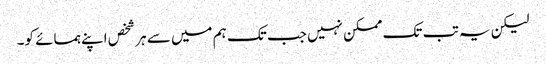
لیکن یہ تب تک ممکن نہیں جب تک ہم میں سے ہر شخص اپنے ہمسائے کو۔